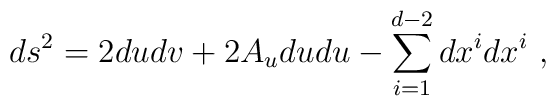
ds^2 = 2dudv + 2A_u  du  du - \sum_{i=1}^{d-2} dx^i dx^i \ ,